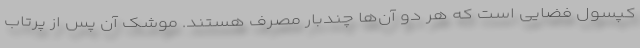
کپسول فضایی است که هر دو آن‌ها چندبار مصرف هستند. موشک آن پس از پرتاب